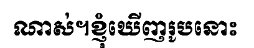
ណាស់។ខ្ញុំឃើញរូបនោះ